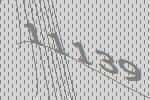
11139